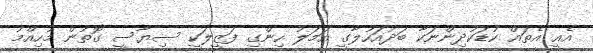
އެއީ އެތައް ކުޑަކުދިންނަކާ ބަދުއަހުލާގީ އަމަލު ހިންގި ފަޒީލަކީ ސިޔާސީ ގޮތުން މުހިއްމު